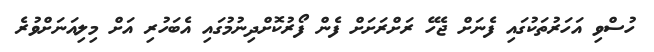
ހުސްވި އަހަރުތަކުގައި ފެނަށް ޖެހޭ ރަށްރަށަށް ފެން ފޯރުކޮށްދިނުމުގައި އެބަހުރި އަށް މިލިއަނަށްވުރެ